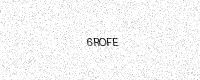
Text: 6ROFE